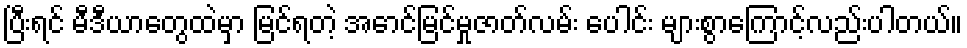
ပြီးရင် မီဒီယာတွေထဲမှာ မြင်ရတဲ့ အောင်မြင်မှုဇာတ်လမ်း ပေါင်း များစွာကြောင့်လည်းပါတယ်။